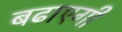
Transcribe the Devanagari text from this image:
बढाएगी